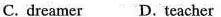
C. dreamer D. Teacher